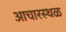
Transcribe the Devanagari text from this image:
आचारस्थळ